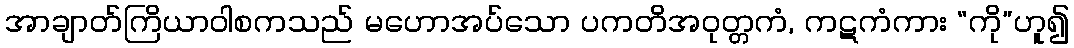
အာချာတ်ကြိယာဝါစကသည် မဟောအပ်သော ပကတိအဝုတ္တကံ, ကဋကံကား “ကို”ဟူ၍